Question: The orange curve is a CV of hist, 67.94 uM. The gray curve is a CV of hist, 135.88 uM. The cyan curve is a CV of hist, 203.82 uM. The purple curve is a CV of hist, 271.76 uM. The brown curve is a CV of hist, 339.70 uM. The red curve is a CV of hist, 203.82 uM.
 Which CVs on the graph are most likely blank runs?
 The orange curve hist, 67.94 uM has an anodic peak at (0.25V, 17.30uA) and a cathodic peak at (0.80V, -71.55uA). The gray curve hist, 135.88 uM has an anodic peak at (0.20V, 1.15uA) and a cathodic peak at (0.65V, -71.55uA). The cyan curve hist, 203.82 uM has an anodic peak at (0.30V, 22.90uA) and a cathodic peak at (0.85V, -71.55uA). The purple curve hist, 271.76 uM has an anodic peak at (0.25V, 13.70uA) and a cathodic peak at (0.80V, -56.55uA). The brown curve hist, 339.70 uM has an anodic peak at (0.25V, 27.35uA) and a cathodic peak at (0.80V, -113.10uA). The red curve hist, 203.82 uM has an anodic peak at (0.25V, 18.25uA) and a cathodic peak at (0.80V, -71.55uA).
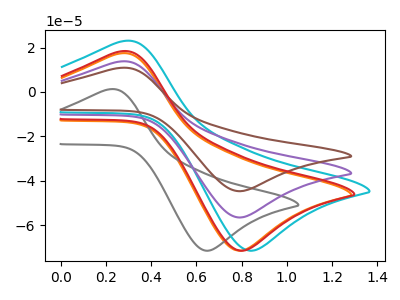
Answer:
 <answer>There are not any CV's on this graph that are likely to be blanks.</answer>
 <eval>none</eval>